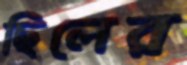
ছিলের